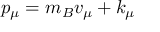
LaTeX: p _ { \mu } = m _ { B } v _ { \mu } + k _ { \mu }